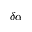
\delta \alpha